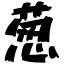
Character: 葱